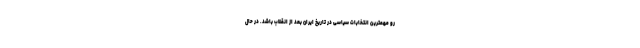
رو مهمترین انتخابات سیاسی در تاریخ ایران بعد از انقلاب باشد. در حال